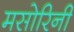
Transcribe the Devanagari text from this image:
मसोरिनी